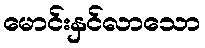
မောင်းနှင်လာသော